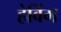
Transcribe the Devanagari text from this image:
हेविंग